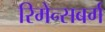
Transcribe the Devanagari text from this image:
रिमेन्सबर्ग